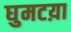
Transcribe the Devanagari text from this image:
घुमटय़ा